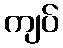
ကျပ်